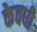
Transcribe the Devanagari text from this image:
केवधी